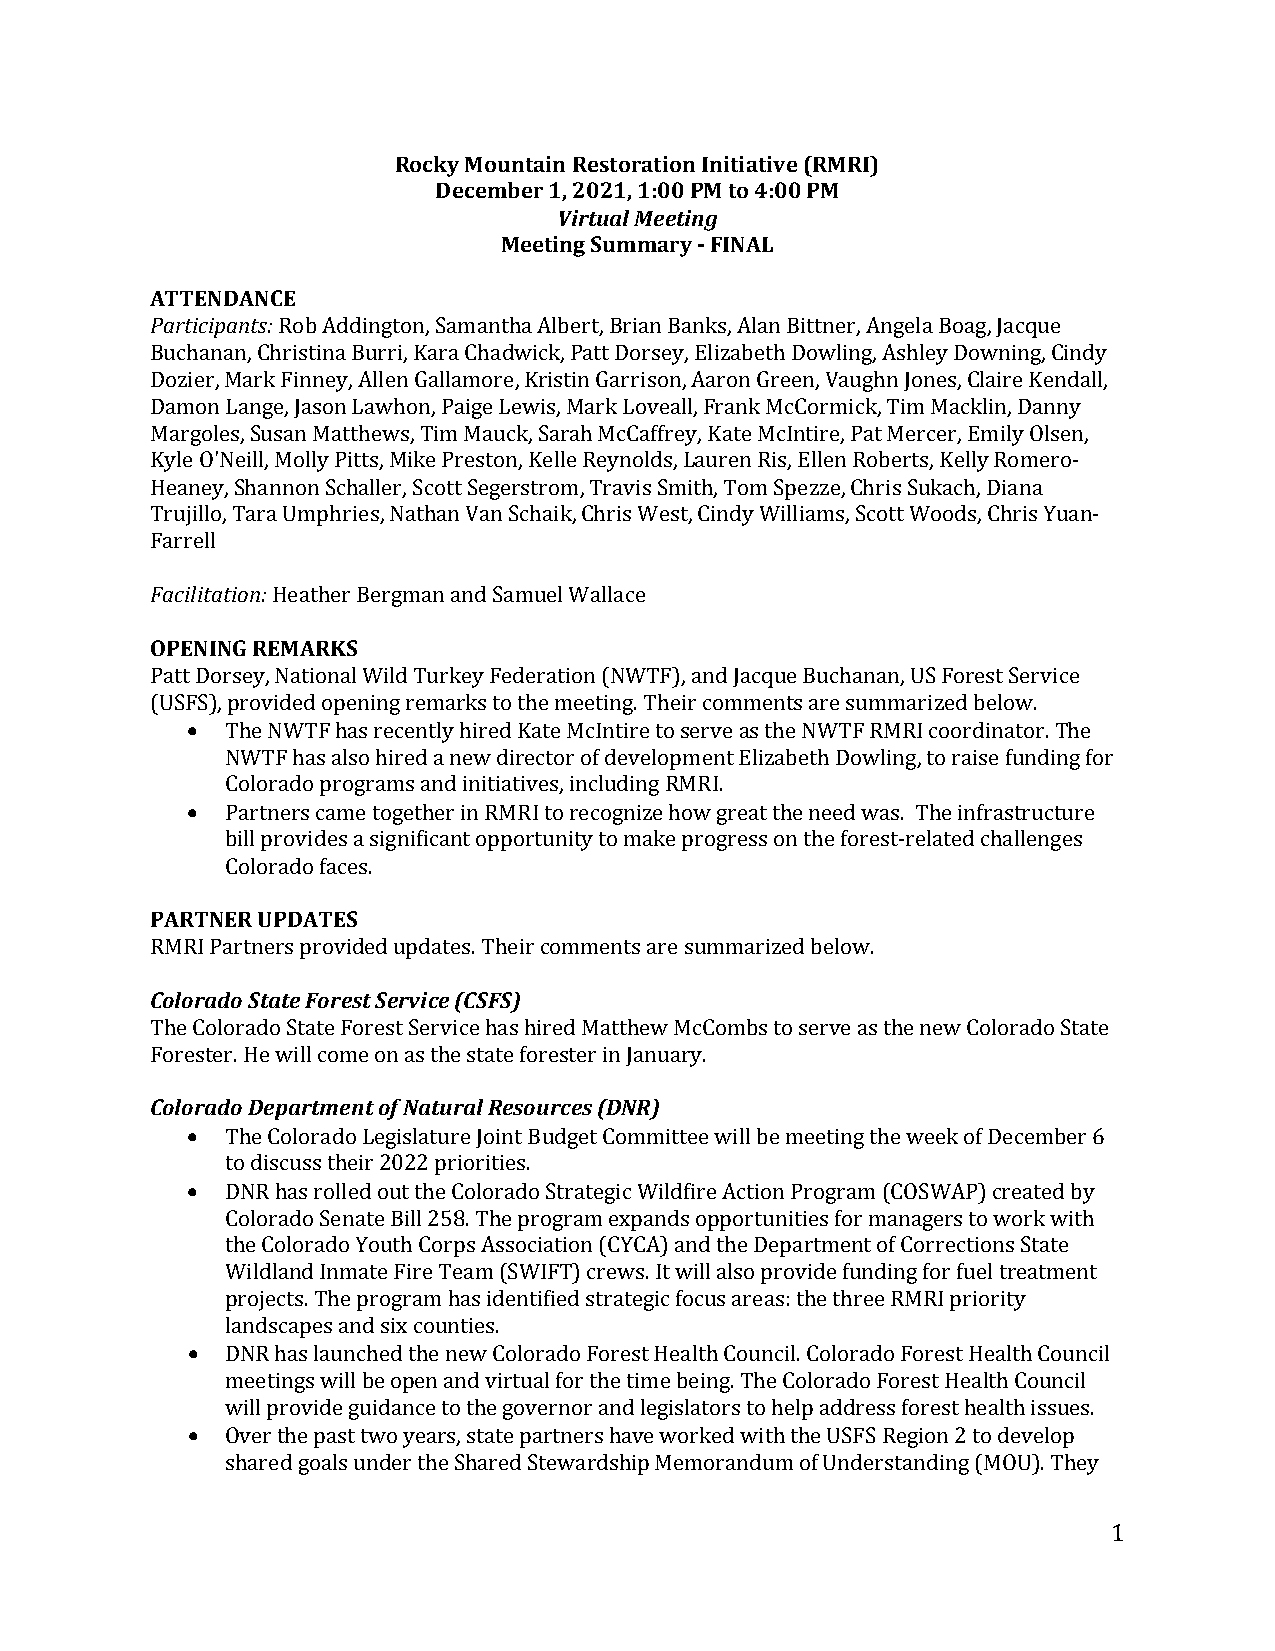
Rocky Mountain Restoration Initiative (RMRI)
 December 1, 2021, 1:00 PM to 4:00 PM
 Virtual Meeting
 Meeting Summary - FINAL
 ATTENDANCE
 Participants:
 Rob Addington, Samantha Albert, Brian Banks, Alan Bittner, Angela Boag, Jacque
 Buchanan, Christina Burri, Kara Chadwick, Patt Dorsey, Elizabeth Dowling, Ashley Downing, Cindy
 Dozier, Mark Finney, Allen Gallamore, Kristin Garrison, Aaron Green, Vaughn Jones, Claire Kendall,
 Damon Lange, Jason Lawhon, Paige Lewis, Mark Loveall, Frank McCormick, Tim Macklin, Danny
 Margoles, Susan Matthews, Tim Mauck, Sarah McCaffrey, Kate McIntire, Pat Mercer, Emily Olsen,
 Kyle O'Neill, Molly Pitts, Mike Preston, Kelle Reynolds, Lauren Ris, Ellen Roberts, Kelly Romero-
 Heaney, Shannon Schaller, Scott Segerstrom, Travis Smith, Tom Spezze, Chris Sukach, Diana
 Trujillo, Tara Umphries, Nathan Van Schaik, Chris West, Cindy Williams, Scott Woods, Chris Yuan-
 FFaarcrileitlla tion:
 OPENING REHMeaAtRhKerS B ergman and Samuel Wallace
 Patt• D orsey, National Wild Turkey Federation (NWTF), and Jacque Buchanan, US Forest Service
 (USFS), provided opening remarks to the meeting. Their comments are summarized below.
 The NWTF has recently hired Kate McIntire to serve as the NWTF RMRI coordinator. The
 •  NWTF has also hired a new director of development Elizabeth Dowling, to raise funding for
 Colorado programs and initiatives, including RMRI.
 Partners came together in RMRI to recognize how great the need was. The infrastructure
 bill provides a significant opportunity to make progress on the forest-related challenges
 PARTNECRol oUrPaDdoA TfaEcSe s.
 CRoMloRrI aPdaor tSnteartse p Froorveidste Sde urpvdicaet e(sC.S TFhSe)i r comments are summarized below.
 The Colorado State Forest Service has hired Matthew McCombs to serve as the new Colorado State
 FCoorloersatedro. HDee pwailrlt cmomenet oonf Nasa tthuer aslt aRtees foourerscteesr ( iDnN JaRn)u ary.
 •
 •  The Colorado Legislature Joint Budget Committee will be meeting the week of December 6
 to discuss their 2022 priorities.
 DNR has rolled out the Colorado Strategic Wildfire Action Program (COSWAP) created by
 Colorado Senate Bill 258. The program expands opportunities for managers to work with
 the Colorado Youth Corps Association (CYCA) and the Department of Corrections State
 Wildland Inmate Fire Team (SWIFT) crews. It will also provide funding for fuel treatment
 •  projects. The program has identified strategic focus areas: the three RMRI priority
 landscapes and six counties.
 DNR has launched the new Colorado Forest Health Council. Colorado Forest Health Council
 •  meetings will be open and virtual for the time being. The Colorado Forest Health Council
 will provide guidance to the governor and legislators to help address forest health issues.
 Over the past two years, state partners have worked with the USFS Region 2 to develop
 shared goals under the Shared Stewardship Memorandum of Understanding (MOU). They
 1